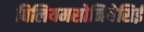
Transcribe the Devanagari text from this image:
बिलियमसोनियेसिई